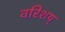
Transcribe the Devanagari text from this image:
वरिशय्